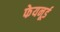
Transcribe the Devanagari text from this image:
फेयनूर्ड